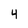
Character: 4